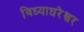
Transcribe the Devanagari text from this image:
विध्याधरेश्वर